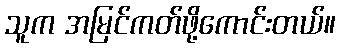
သူက အမြင်ကတ်ဖို့ကောင်းတယ်။